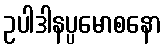
ဥပါဒါနပ္ပမောစနော